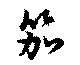
笳